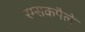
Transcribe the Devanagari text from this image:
रम्सकपैले